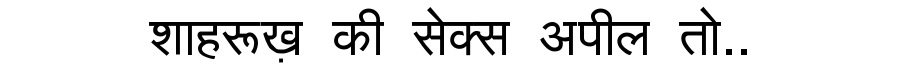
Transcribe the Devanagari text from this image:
शाहरूख़ की सेक्स अपील तो..